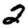
Digit: 2